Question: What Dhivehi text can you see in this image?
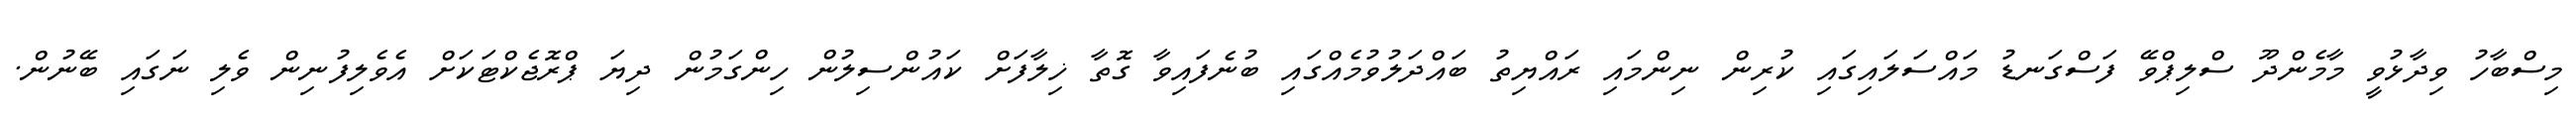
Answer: މިސްބާހު ވިދާޅުވީ މާމެންދޫ ސްލިޕްވޭ ފަސްގަނޑު މައްސަލައިގައި ކުރިން ނިންމައި ރައްޔިތު ބައްދަލުވުމެއްގައި ބުނެފައިވާ ގޮތާ ޚިލާފަށް ކައުންސިލުން ހިންގަމުން ދިޔަ ޕްރޮޖެކްޓަކަށް އެވެލިފުނިން ވެލި ނަގައި ބޭނުން.